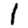
Digit: 1